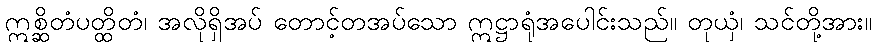
ဣစ္ဆိတံပတ္ထိတံ၊ အလိုရှိအပ် တောင့်တအပ်သော ဣဋ္ဌာရုံအပေါင်းသည်။ တုယှံ၊ သင်တို့အား။